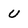
Character: U